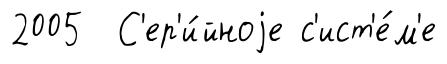
2005 С'ер'и́йноjе с'ист'е́м'е